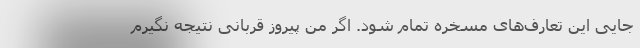
جایی این تعارف‌های مسخره تمام شود. اگر منِ پیروز قربانی نتیجه نگیرم